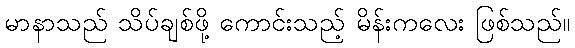
မာနာသည် သိပ်ချစ်ဖို့ ကောင်းသည့် မိန်းကလေး ဖြစ်သည်။